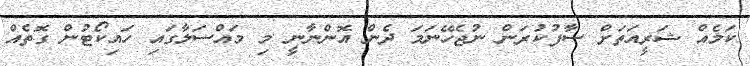
ކަމެއް ޝަރީއަތަށް ސާފުކުރަން ނުޖެހޭނަމަ ދެން އޮންނާނީ މި މައްސަލާގައި ހައިކޯޓުން ގޮތެއް